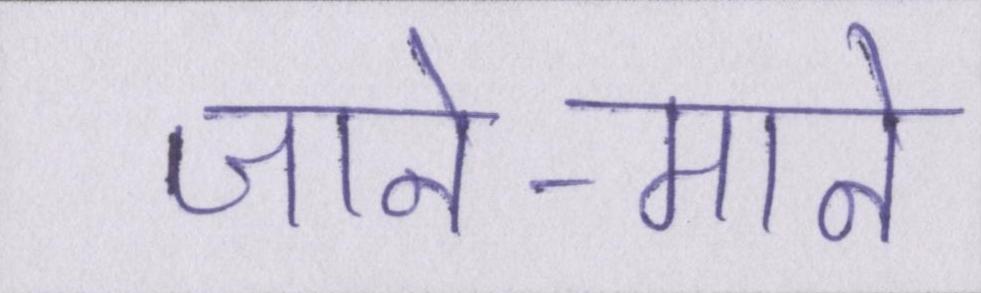
जाने-माने